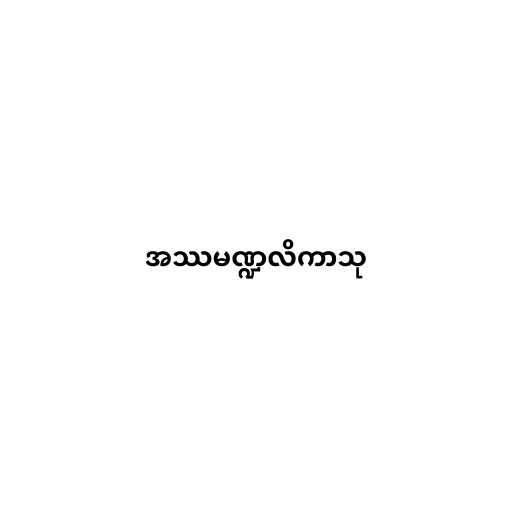
အဿမဏ္ဍလိကာသု